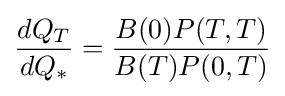
{\frac {dQ_{T}}{dQ_{*}}}={\frac {B(0)P(T,T)}{B(T)P(0,T)}}